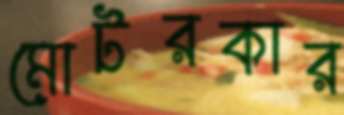
মোটরকার